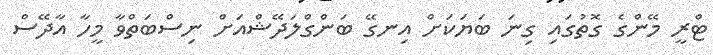
ޓްރީ މޭންގެ ގޮތުގައި ގިނަ ބަޔަކަށް އިނގޭ ބަންގްލަދޭޝްއަށް ނިސްބަތްވާ މީހާ އާދޭސް